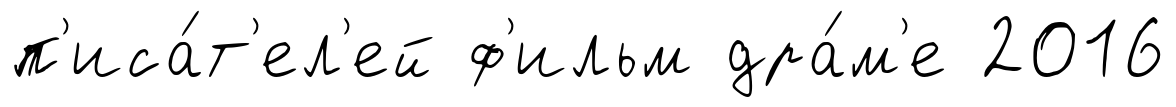
п'иса́т'ел'ей ф'ильм дра́м'е 2016